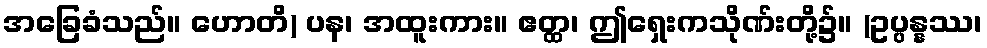
အခြေခံသည်။ ဟောတိ) ပန၊ အထူးကား။ ဧတ္ထ၊ ဤရှေးကသိုဏ်းတို့၌။ (ဥပ္ပန္နဿ၊